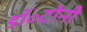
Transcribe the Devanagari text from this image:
डॉ॰टोनी